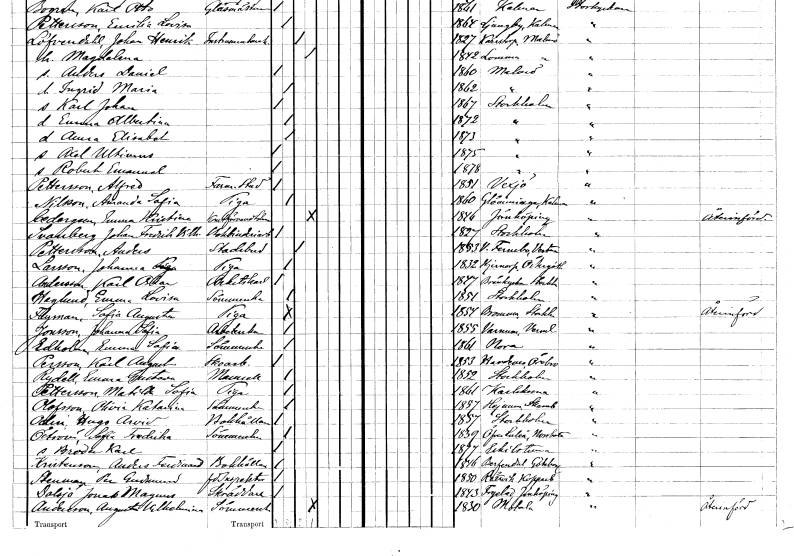
gt_parse: households: individuals: FN: Anna Elisabet
KON: K
CIV: O
FODAR: 1873
FODFORS: Stockholm
FN: Axel Ultimus
KON: M
CIV: O
FODAR: 1875
FODFORS: Stockholm
FN: Robert Emanuel
KON: M
CIV: O
FODAR: 1878
FODFORS: Stockholm
FN: Alfred
EN: Pettersson
YRKE: Farm. student
KON: M
CIV: O
FODAR: 1851
FODFORS: Växjö Kronobergs län
FN: Amanda Sofia
EN: Nilsson
YRKE: Piga
KON: K
CIV: O
FODAR: 1860
FODFORS: Glömminge Kalmar län
FN: Emma Kristina
EN: Cedergren
YRKE: Konstförvandthustru
KON: K
CIV: G
FODAR: 1846
FODFORS: Jönköping Jönköpings län
FN: Johan Fredrik Vilhelm
EN: Svanberg
YRKE: Bokbinderiarbetare
KON: M
CIV: O
FODAR: 1827
FODFORS: Stockholm
FN: Anders
EN: Pettersson
YRKE: Stadsbud
KON: M
CIV: G
FODAR: 1853
FODFORS: Västerfärnebo Västmanlands län
FN: Johanna
EN: Larsson
YRKE: Piga
KON: K
CIV: O
FODAR: 1832
FODFORS: Stjärnorp Östergötlands län
FN: Karl Oscar
EN: Andersson
YRKE: Arbetskarl
KON: M
CIV: O
FODAR: 1847
FODFORS: Brännkyrka Stockholms län
FN: Emma Lovisa
EN: Haglund
YRKE: Sömmerska
KON: K
CIV: O
FODAR: 1851
FODFORS: Stockholm
FN: Sofia Augusta
EN: Flyman
YRKE: Piga
KON: K
CIV: O
FODAR: 1854
FODFORS: Bromma Stockholms län
FN: Johanna Sofia
EN: Jonsson
YRKE: Arbeterska
KON: K
CIV: O
FODAR: 1855
FODFORS: Varnum Värmlands län
FN: Emma Sofia
EN: Edholm
YRKE: Sömmerska
KON: K
CIV: O
FODAR: 1861
FODFORS: Nora stadsförsamling Örebro län
FN: Karl August
EN: Persson
YRKE: Skoarbetare
KON: M
CIV: O
FODAR: 1853
FODFORS: Hardemo Örebro län
FN: Emma Gustava
EN: Rydell
KON: K
CIV: O
FODAR: 1852
FODFORS: Stockholm
FN: Matilda Sofia
EN: Pettersson
YRKE: Piga
KON: K
CIV: O
FODAR: 1861
FODFORS: Karlskrona Blekinge län
FN: Olivia Katarina
EN: Olofsson
YRKE: Sömmerska
KON: K
CIV: O
FODAR: 1857
FODFORS: Hajom Älvsborgs län
FN: Hugo Arvid
EN: Odin
YRKE: Bokhållare
KON: M
CIV: O
FODAR: 1857
FODFORS: Stockholm
FN: Sofia Fredrika
EN: Öström
YRKE: Sömmerska
KON: K
CIV: O
FODAR: 1839
FODFORS: Överluleå Norrbottens län
FN: Broder Karl
KON: M
CIV: O
FODAR: 1877
FODFORS: Eskilstuna Södermanlands län
FN: Anders Ferdinand
EN: Kristenson
YRKE: Bokhållare
KON: M
CIV: O
FODAR: 1846
FODFORS: Bärfendal Göteborgs- och Bohuslän
FN: Per Gudmund
EN: Stenman
YRKE: Inspektor f.d.
KON: M
CIV: O
FODAR: 1850
FODFORS: Rättvik Kopparbergs län
FN: Jonas Magnus
EN: Dalsjö
YRKE: Skräddare
KON: M
CIV: O
FODAR: 1843
FODFORS: Fryele Jönköpings län
FN: Augusta Vilhelmina
EN: Andersson
YRKE: Sömmerska
KON: K
CIV: G
FODAR: 1830
FODFORS: Motala Östergötlands län